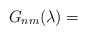
\begin{align*}G_{nm}(\lambda)=\end{align*}